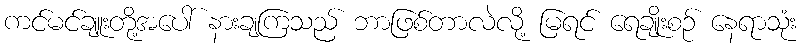
ကင်မင်ချူးတို့အပေါ် နားချကြသည် ဘာဖြစ်တာလဲလို့ မြရင် ရေချိုးစဉ် နေရာသုံး